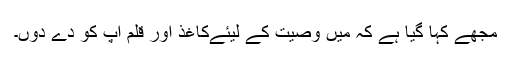
مجھے کہا گیا ہے کہ میں وصیت کے لیئےکاغذ اور قلم آپ کو دے دوں۔